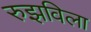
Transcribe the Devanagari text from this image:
रुझविला